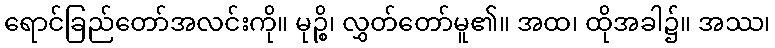
ရောင်ခြည်တော်အလင်းကို။ မုဉ္စိ၊ လွှတ်တော်မူ၏။ အထ၊ ထိုအခါ၌။ အဿ၊